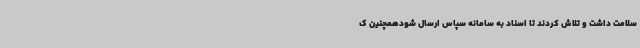
سلامت داشت و تلاش کردند تا اسناد به سامانه سپاس ارسال شودهمچنین ک